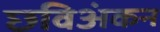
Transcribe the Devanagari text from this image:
छविअंकन